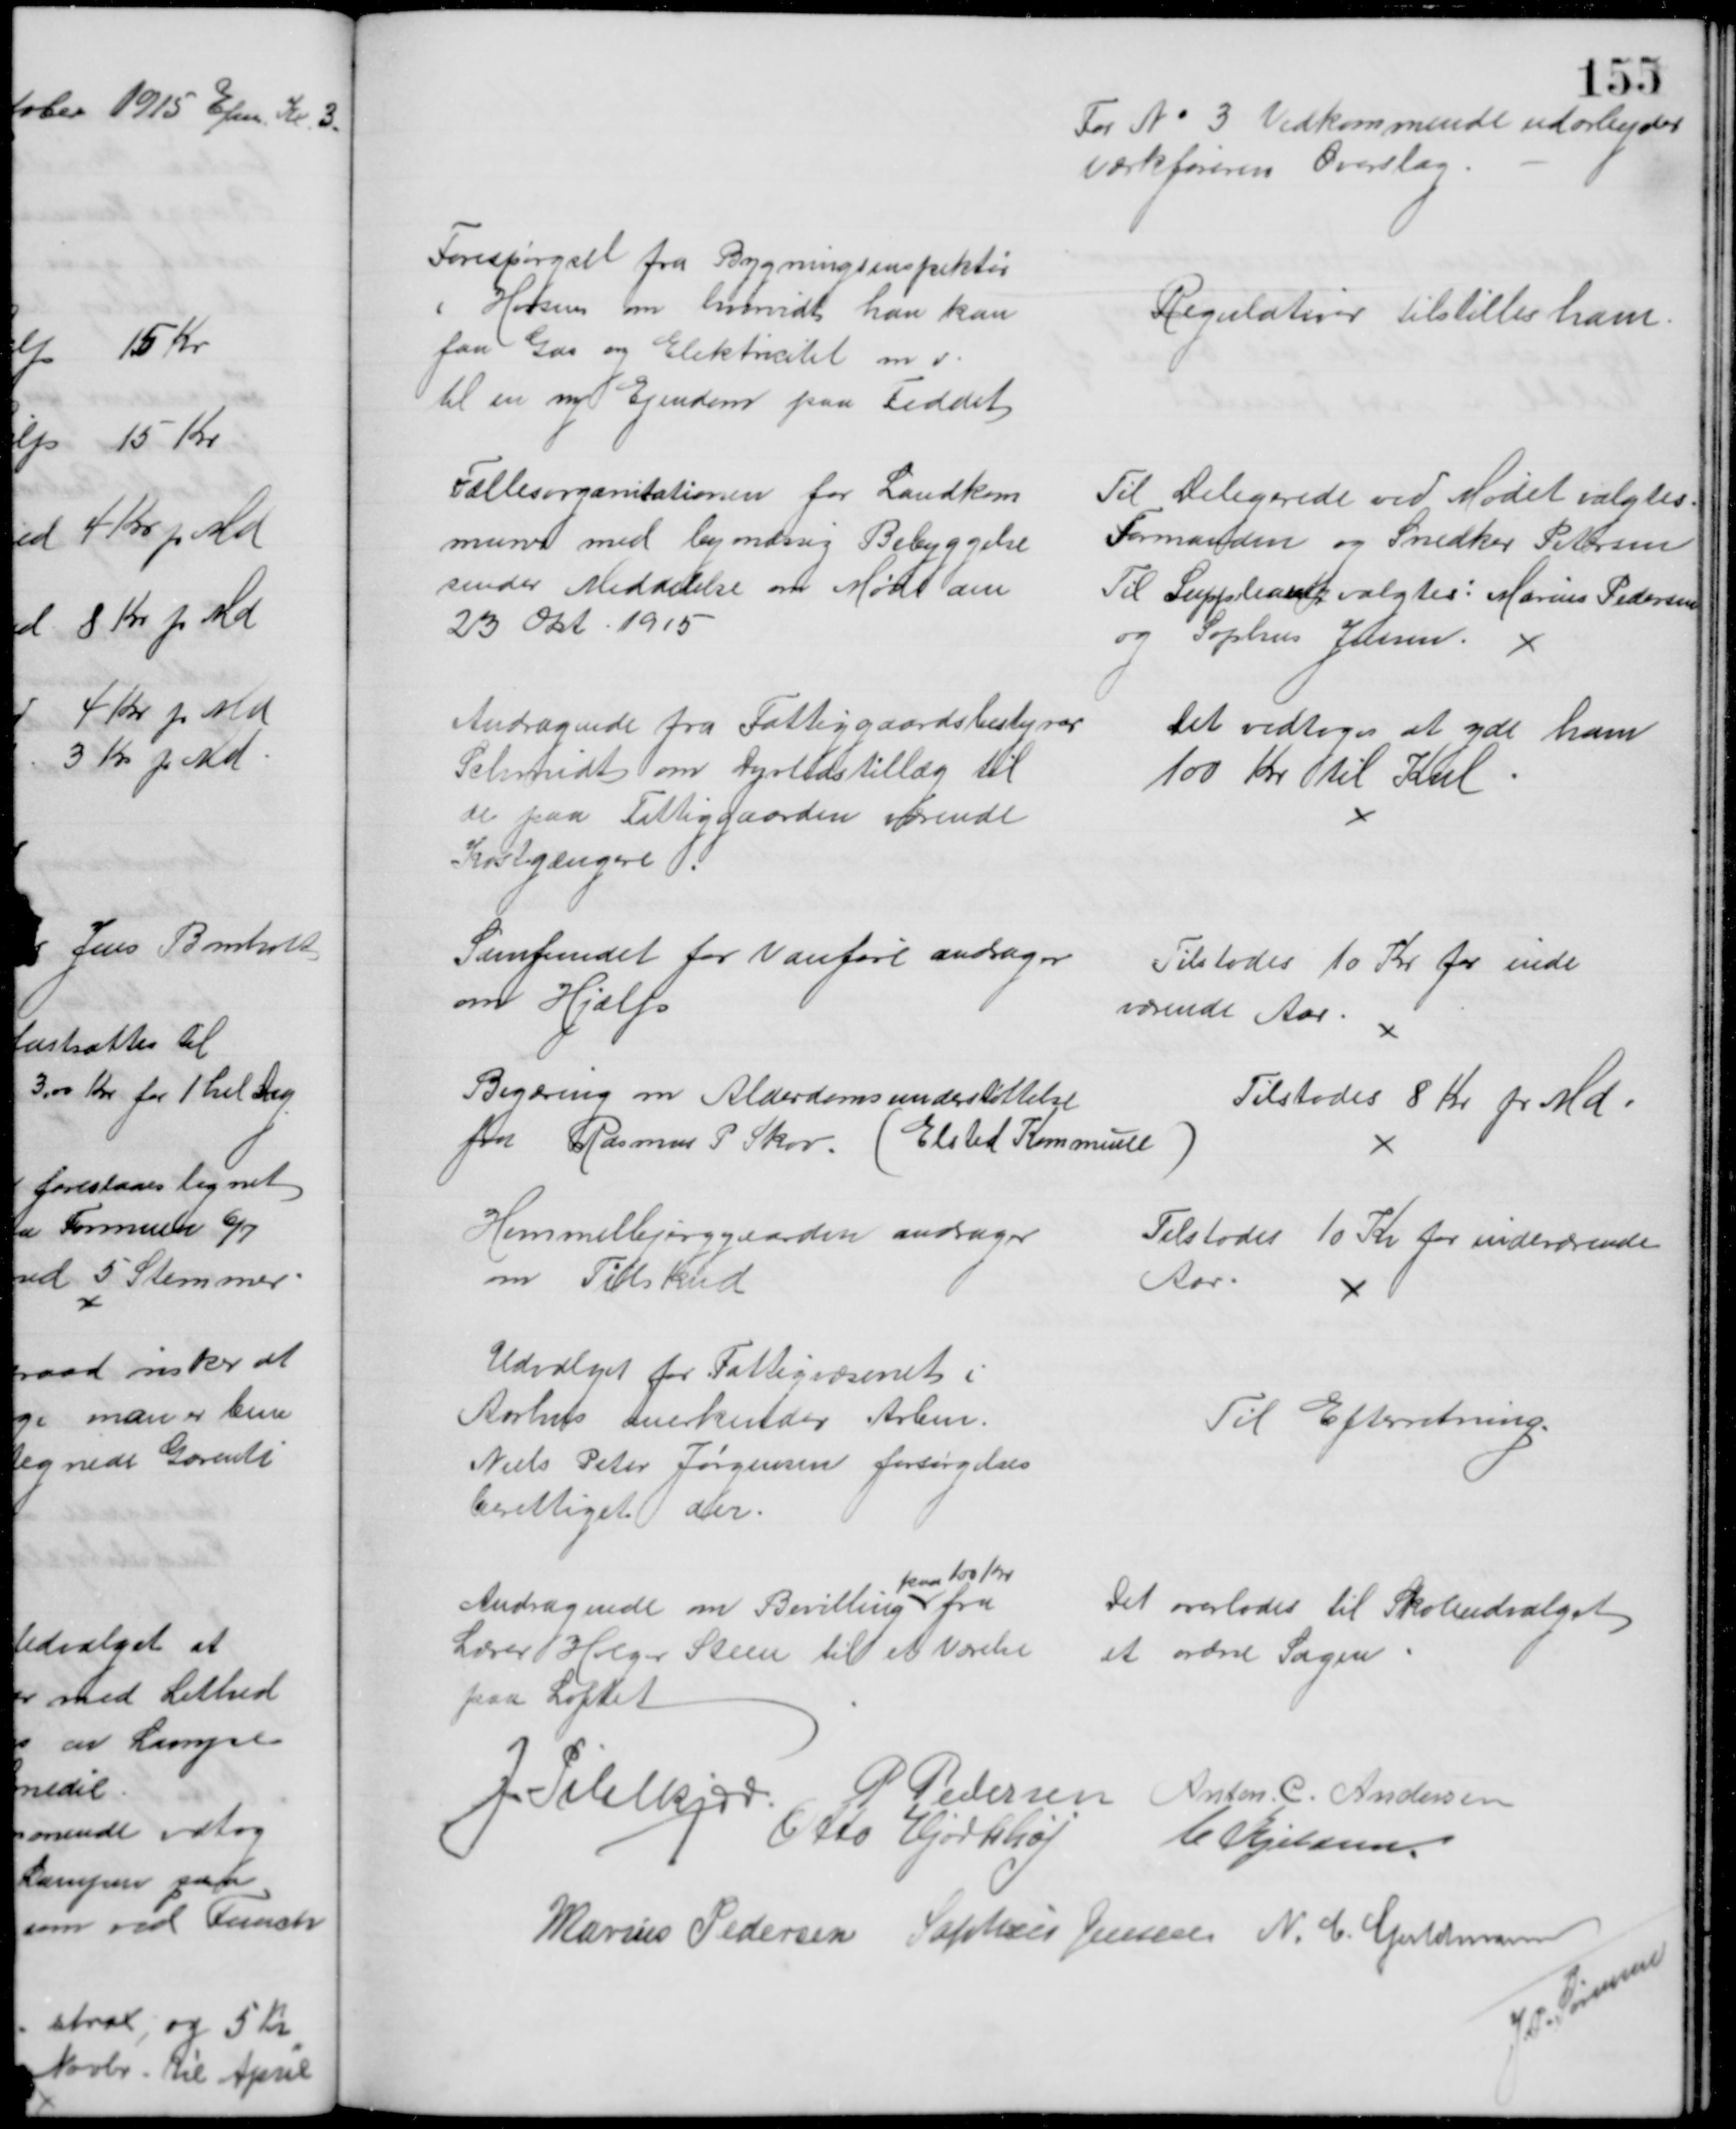
Transskription:
For № 3 Vedkommende udarbejder
Værkføreren Overslag.
Forespørgsel fra Bygningsinspektør
i Horsens om hvorvidt han kan
faa Gas og Elektricitet m.v.
til en ny Ejendom paa Feddet
Regulativer tilstilles ham
Fællesorganitationen for Landkom
muner med bymæssig Bebyggelse
sender Meddelelse om Møde den
23 Okt. 1915
Til Delegerede ved Mødet valgtes
Formanden og Snedker Petersen
Til Suppleant valgtes: Marius Pedersen
og Sophus Jensen. 
Andragende fra Fattiggaardsbestyrer
Schmidt om Dyrtidstillæg til
de paa Fattiggaarden værende
Kostgængere 
Det vedtoges at yde ham
100 Kr til Kul
Samfundet for Vanføre andrager
om Hjælp
Tilstodes 10 Kr for inde
værende Aar
Begæring om Alderdomsunderstøttelse
fra Rasmus P Skov. (Elsted Kommune)
Tilstodes 8 Kr pr Md
Himmelbjerggaarden andrager
om Tilskud
Tilstodes 10 Kr for indeværende
Aar.
Udvalget for Fattigvæsenet i
Aarhus anerkender Arbm.
Niels Peter Jørgensen forsørgelses
berettiget der.
Til Efterretning.
Andragende om Bevilling 
paa 100 Kr
fra
Lærer Holger Steen til et Værelse
paa Loftet
Det overlodes til Skoleudvalget
at ordne Sagen
J. Pihlkjær
P Pedersen Anton. C. Andersen
Otto Hjortshøj
C Kjeldsen.
Marius Pedersen Sophus Jensen N. C. Guldmann
J. P. Sørensen